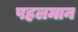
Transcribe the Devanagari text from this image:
पहलमान